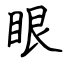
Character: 眼